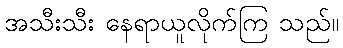
အသီးသီး နေရာယူလိုက်ကြ သည်။